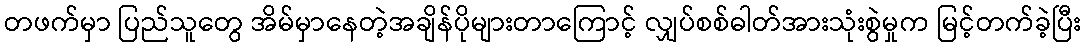
တဖက်မှာ ပြည်သူတွေ အိမ်မှာနေတဲ့အချိန်ပိုများတာကြောင့် လျှပ်စစ်ဓါတ်အားသုံးစွဲမှုက မြင့်တက်ခဲ့ပြီး